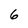
Character: 6